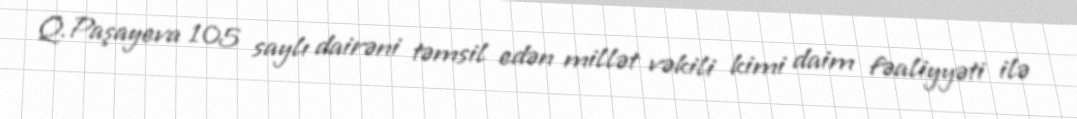
Q.Paşayeva 105 saylı dairəni təmsil edən millət vəkili kimi daim fəaliyyəti ilə